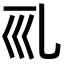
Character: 𠃞